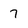
Character: 7